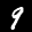
Label: 9